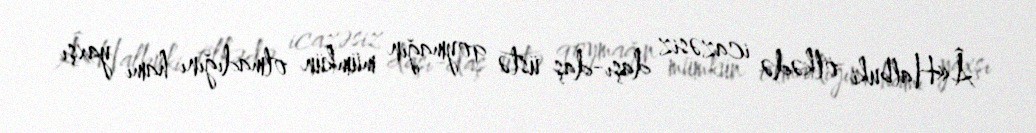
Â«Halbuki ölkədə icazəsiz daşı-daş üstə qoymağın mümkün olmadığını hamı yaxşı